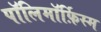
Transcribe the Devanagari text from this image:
पॉलिमॉर्फ़िस्म